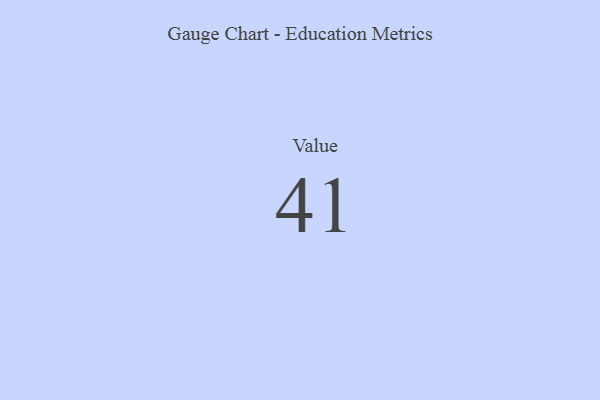
{"axis": {"x": "Metric", "y": "Value"}, "legend": [""], "data": [{"x": "Value", "y": 41, "type": ""}]}